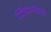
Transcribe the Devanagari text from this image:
निकयिएँ